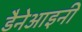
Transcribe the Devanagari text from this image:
डैनेआइनी